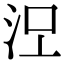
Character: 𣳄